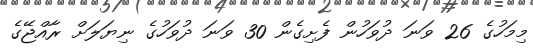
މިމަހުގެ 26 ވަނަ ދުވަހުން ފެށިގެން 30 ވަނަ ދުވަހުގެ ނިޔަލަށް ރާއްޖޭގެ